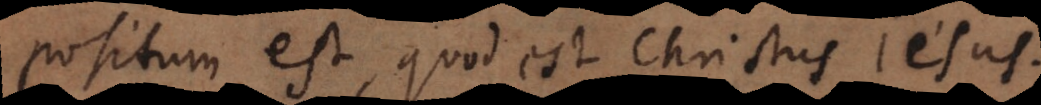
positum est, quod est Christus Jesus.